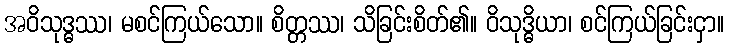
အဝိသုဒ္ဓဿ၊ မစင်ကြယ်သော။ စိတ္တဿ၊ သိခြင်းစိတ်၏။ ဝိသုဒ္ဓိယာ၊ စင်ကြယ်ခြင်းငှာ။